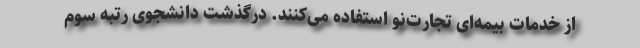
از خدمات بیمه‌ای تجارت‌نو استفاده می‌کنند. درگذشت دانشجوی رتبه سوم